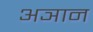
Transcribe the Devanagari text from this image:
अञान